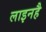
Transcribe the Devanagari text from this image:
लाइनहै